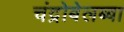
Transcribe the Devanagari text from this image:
चंद्रोबेलब्बा